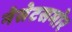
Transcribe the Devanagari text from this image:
नेसेटसमोर